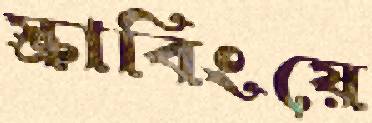
স্ক্রাবিংয়ে